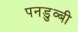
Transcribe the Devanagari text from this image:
पनडुव्बी